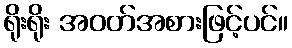
ရိုးရိုး အဝတ်အစားဖြင့်ပင်။